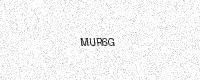
Text: MUR6G